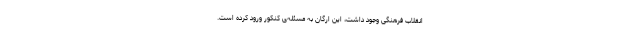
انقلاب فرهنگی وجود داشت، این ارگان به مسئله‌ی کنکور ورود کرده است.